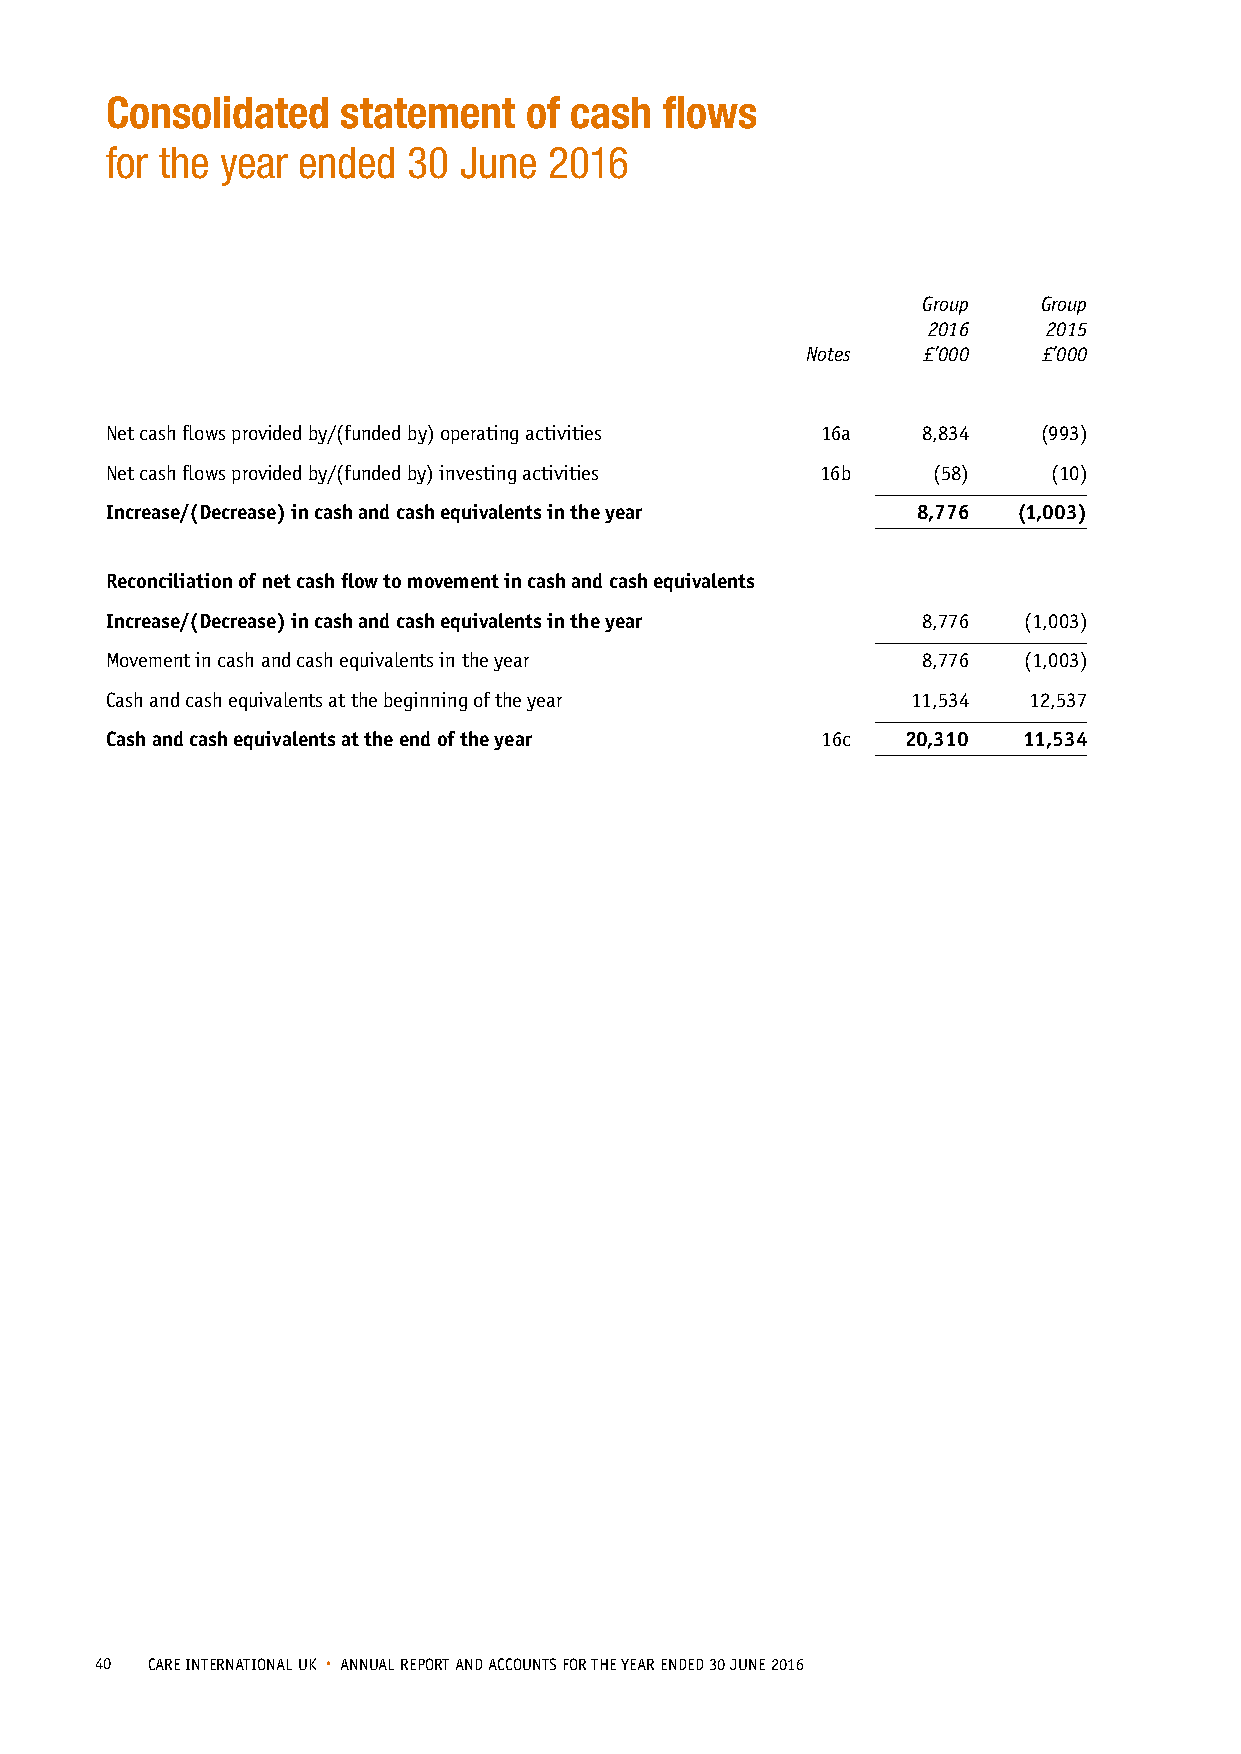
Consolidated    statement   of cash  flows
 for the year ended  30 June  2016
 Group   Group
 2016    2015
 Notes   £’000   £’000
 Net cash flows provided by/(funded by) operating activities 16a 8,834 (993)
 Net cash flows provided by/(funded by) investing activities 16b (58) (10)
 Increase/(Decrease) in cash and cash equivalents in the year 8,776 (1,003)
 Reconciliation of net cash flow to movement in cash and cash equivalents
 Increase/(Decrease) in cash and cash equivalents in the year 8,776 (1,003)
 Movement in cash and cash equivalents in the year     8,776  (1,003)
 Cash and cash equivalents at the beginning of the year 11,534 12,537
 Cash and cash equivalents at the end of the year 16c 20,310  11,534
 40  CARE INTERNATIONAL UK • ANNUAL REPORT AND ACCOUNTS FOR THE YEAR ENDED 30 JUNE 2016